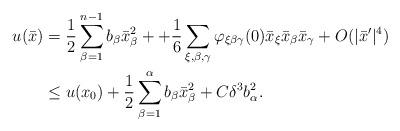
LaTeX: \begin{align*}\begin{aligned}u (\bar{x}) &= \frac{1}{2} \sum_{\beta=1}^{n-1} b_\beta \bar{x}_\beta^2 + + \frac{1}{6} \sum_{\xi, \beta, \gamma } \varphi_{\xi \beta \gamma} (0) \bar{x}_\xi \bar{x}_\beta \bar{x}_\gamma + O (|\bar{x}'|^4)\\& \leq u (x_0) + \frac{1}{2} \sum_{\beta=1}^{\alpha} b_\beta \bar{x}_\beta^2 + C \delta^3 b_\alpha^2. \end{aligned}\end{align*}